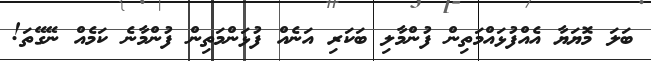
ބަލަ މޮޔަޔާ އެއްފުޅައްމަތިން ފުންމާލި ބަކަރި އަނެއް ފުޅަންމަތިން ފުންމާނެ ކަމެއް ނޭގޭތަ!